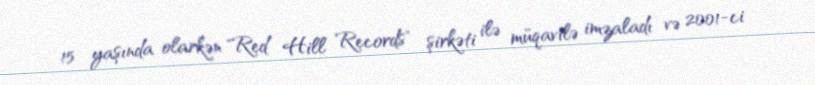
15 yaşında olarkən "Red Hill Records" şirkəti ilə müqavilə imzaladı və 2001-ci